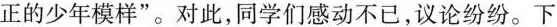
正的少年模样”。对此，同学们感动不已，议论纷纷。下